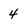
Character: 4